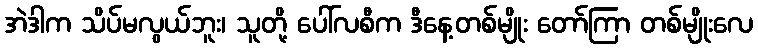
အဲဒါက သိပ်မလွယ်ဘူး၊ သူတို့ ပေါ်လစီက ဒီနေ့တစ်မျိုး တော်ကြာ တစ်မျိုးလေ